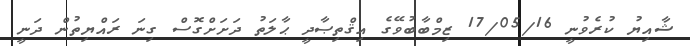
ޝާއިޔު ކުރެވުނީ 17/05/16 ޒިމްބާބުވޭގެ އިޤްތިޞާދީ ޙާލަތު ދަށަށްގޮސް ގިނަ ރައްޔިތުން ދަނީ